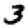
Digit: 3